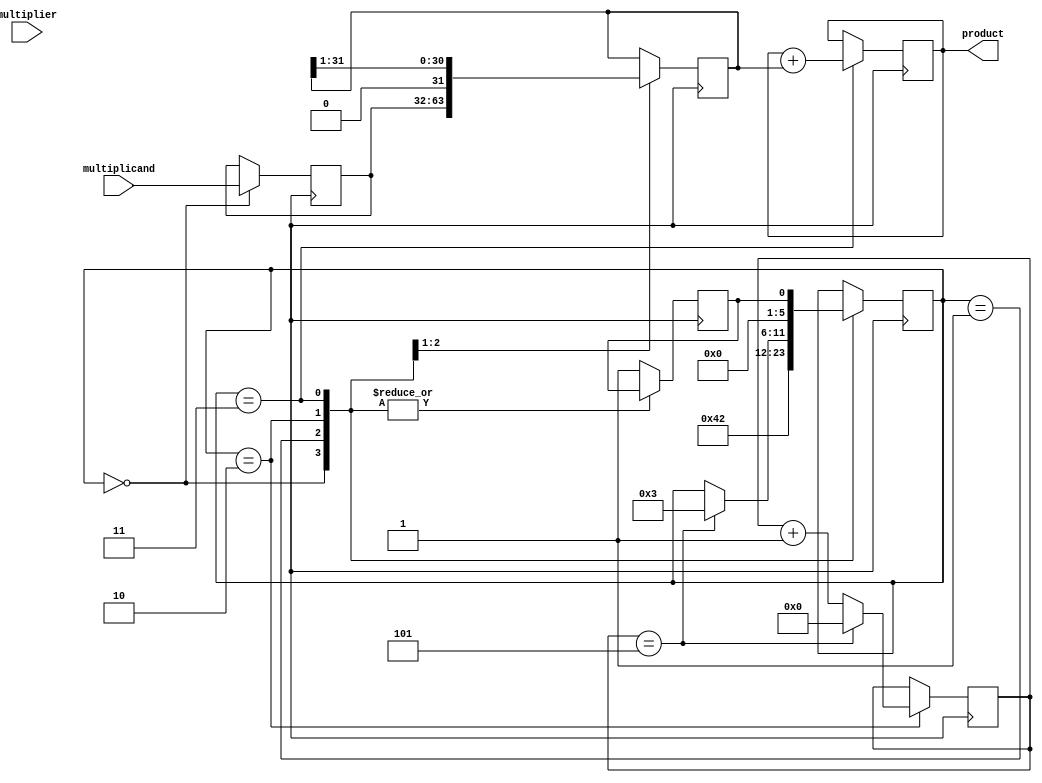
module booth_multiplier(
    input [31:0] multiplicand,
    input [31:0] multiplier,
    output reg [63:0] product
);


reg [31:0] a;
reg [31:0] m;
reg [31:0] partial_product;
reg [5:0] counter;
reg [5:0] state;
reg done;

always @(posedge clk) begin
    case(state)
        0: begin
            a <= multiplicand;
            m <= multiplier;
            state <= 1;
        end
        1: begin
            partial_product <= a;
            state <= 2;
        end
        2: begin
            if ((partial_product[0] == 1) && (counter == 0)) begin
                partial_product <= partial_product + m;
            end else if ((partial_product[0] == 0) && (counter == 0)) begin
                partial_product <= partial_product - m;
            end
            partial_product <= partial_product >> 1;
            counter <= counter + 1;
            if (counter == 5) begin
                state <= 3;
                counter <= 0;
            end
        end
        3: begin
            product <= product + partial_product;
            state <= done;
        end
        default: begin
            done <= 1;
        end
    endcase
end

endmodule